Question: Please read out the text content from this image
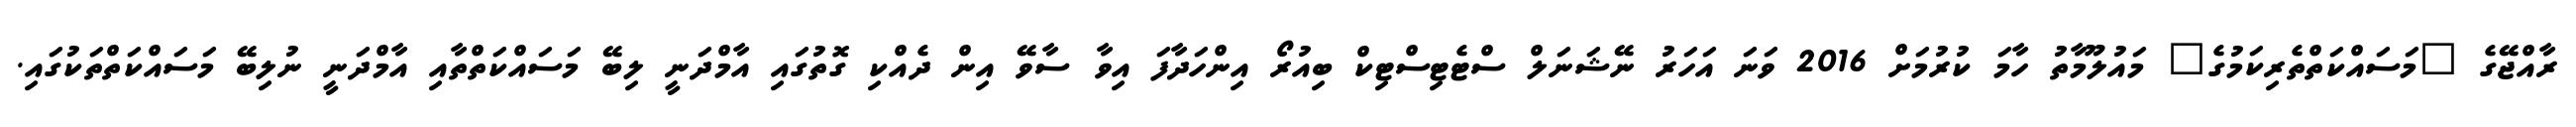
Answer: ރާއްޖޭގެ "މަސައްކަތްތެރިކަމުގެ" މައުލޫމާތު ހާމަ ކުރުމަށް 2016 ވަނަ އަހަރު ނޭޝަނަލް ސްޓެޓިސްޓިކް ބިއުރޯ އިންހަދާފަ އިވާ ސާވޭ އިން ދެއްކި ގޮތުގައި އާމްދަނީ ލިބޭ މަސައްކަތްތާއި އާމްދަނީ ނުލިބޭ މަސައްކަތްތަކުގައި.